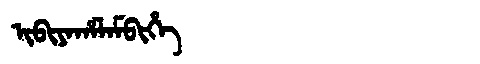
Manchu: ᡳᠪᡳᠶᠠᡥᠠᠯᠠᠮᠪᡳᡥᡝ
Romanization: IBIYAHALAMBIHE